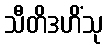
သီတိဒဟိံသု